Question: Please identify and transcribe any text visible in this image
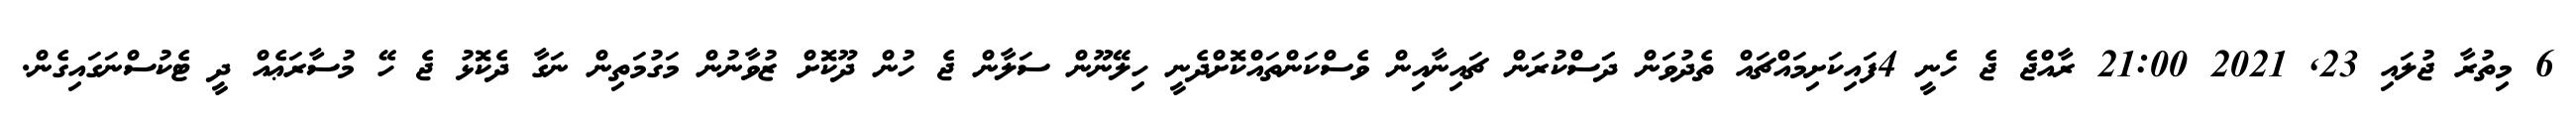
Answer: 6 މިތުރާ ޖުލައި 23, 2021 21:00 ރާއްޖެ ޖެ ހެނީ 4ފައިކަށިމައްޗައް ތެދުވަން ދަަސްކުރަން ޗައިނާއިން ވެސްކަންތައްކޮށްދެނީ ހިލޭނޫން ސަލާން ޖެ ހުން ދޫކޮށް ޒުވާނުން މަގުމަތިން ނަގާ ދެކޮޅު ޖެ ހޭ މުސާރަޢެއް ދީ ޓެކުސްނަގައިގެން.